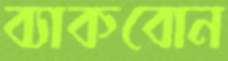
ব্যাকবোন